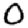
Digit: 0